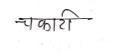
मजकूर: चकाटी